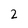
Character: 2